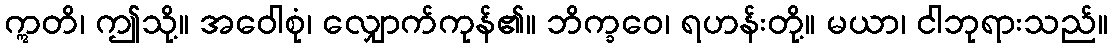
ဣတိ၊ ဤသို့။ အဝေါစုံ၊ လျှောက်ကုန်၏။ ဘိက္ခဝေ၊ ရဟန်းတို့။ မယာ၊ ငါဘုရားသည်။